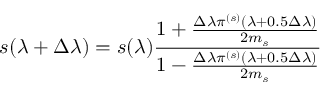
s ( \lambda + \Delta \lambda ) = s ( \lambda ) \frac { 1 + \frac { \Delta \lambda \pi ^ { ( s ) } ( \lambda + 0 . 5 \Delta \lambda ) } { 2 m _ { s } } } { 1 - \frac { \Delta \lambda \pi ^ { ( s ) } ( \lambda + 0 . 5 \Delta \lambda ) } { 2 m _ { s } } }